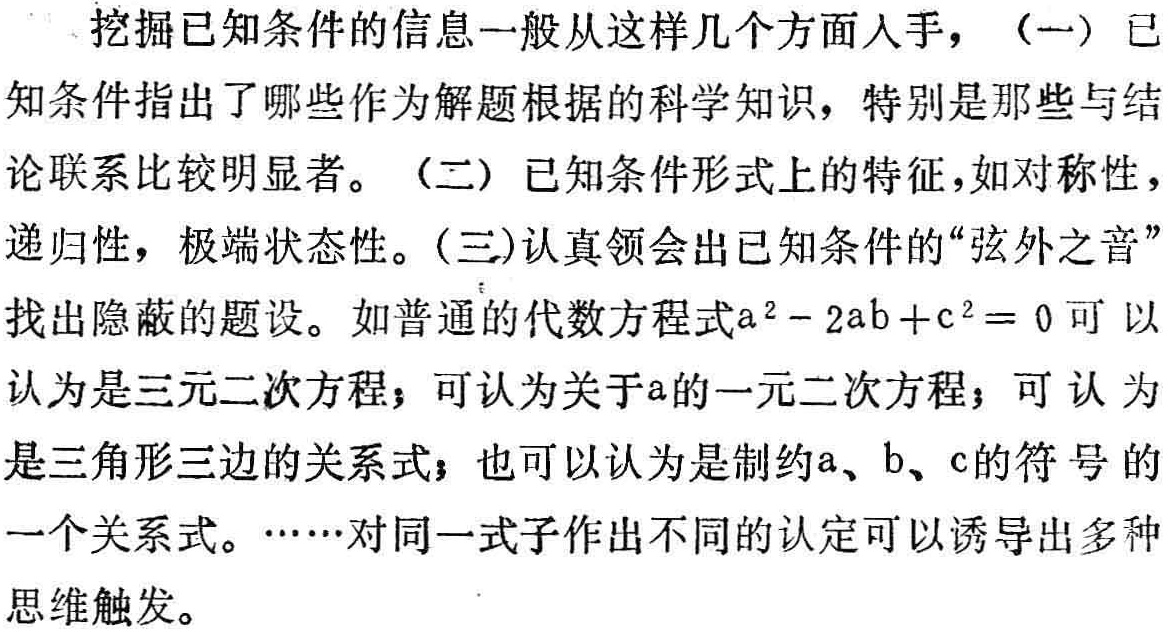
挖掘已知条件的信息一般从这样几个方面入手，（一）已知条件指出了哪些作为解题根据的科学知识，特别是那些与结论联系比较明显者。（二）已知条件形式上的特征，如对称性，递归性，极端状态性。（三)认真领会出已知条件的“弦外之音”找出隐蔽的题设。如普通的代数方程式\(a^{2}-2ab + c^{2}=0\)可以认为是三元二次方程；可认为关于\(a\)的一元二次方程；可认为是三角形三边的关系式；也可以认为是制约\(a\)、\(b\)、\(c\)的符号的一个关系式。……对同一式子作出不同的认定可以诱导出多种思维触发。